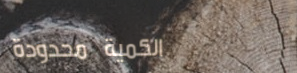
الكمية محدودة